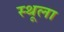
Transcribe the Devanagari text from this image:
स्थूला